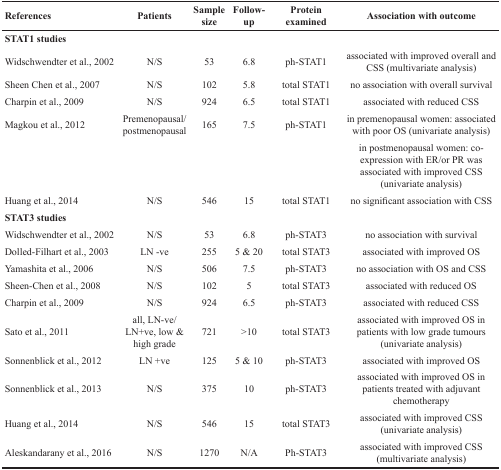
| References | Patients | Sample size | Follow-up | Protein examined | Association with outcome |
 | --- | --- | --- | --- | --- | --- |
 | <COLSPAN=6> STAT1 studies |
 | Widschwendter et al., 2002 | N/S | 53 | 6.8 | ph-STAT1 | associated with improved overall and CSS (multivariate analysis) |
 | Sheen Chen et al., 2007 | N/S | 102 | 5.8 | total STAT1 | no association with overall survival |
 | Charpin et al., 2009 | N/S | 924 | 6.5 | total STAT1 | associated with reduced CSS |
 | Magkou et al., 2012 | Premenopausal/postmenopausal | 165 | 7.5 | ph-STAT1 | in premenopausal women: associated with poor OS (univariate analysis) |
 |  |  |  |  |  | in postmenopausal women: co-expression with ER/or PR was associated with improved CSS (univariate analysis) |
 | Huang et al., 2014 | N/S | 546 | 15 | total STAT1 | no significant association with CSS |
 | <COLSPAN=6> STAT3 studies |
 | Widschwendter et al., 2002 | N/S | 53 | 6.8 | ph-STAT3 | no association with survival |
 | Dolled-Filhart et al., 2003 | LN -ve | 255 | 5 & 20 | total STAT3 | associated with improved OS |
 | Yamashita et al., 2006 | N/S | 506 | 7.5 | ph-STAT3 | no association with OS and CSS |
 | Sheen-Chen et al., 2008 | N/S | 102 | 5 | total STAT3 | associated with reduced OS |
 | Charpin et al., 2009 | N/S | 924 | 6.5 | ph-STAT3 | associated with reduced CSS |
 | Sato et al., 2011 | all, LN-ve/ LN+ve, low & high grade | 721 | >10 | total STAT3 | associated with improved OS in patients with low grade tumours (univariate analysis) |
 | Sonnenblick et al., 2012 | LN +ve | 125 | 5 & 10 | ph-STAT3 | associated with improved OS |
 | Sonnenblick et al., 2013 | N/S | 375 | 10 | ph-STAT3 | associated with improved OS in patients treated with adjuvant chemotherapy |
 | Huang et al., 2014 | N/S | 546 | 15 | total STAT3 | associated with improved CSS (univariate analysis) |
 | Aleskandarany et al., 2016 | N/S | 1270 | N/A | Ph-STAT3 | associated with improved CSS (multivariate analysis) |